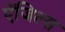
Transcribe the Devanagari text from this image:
ऐंजिल्स